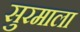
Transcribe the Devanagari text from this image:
सुरमाला